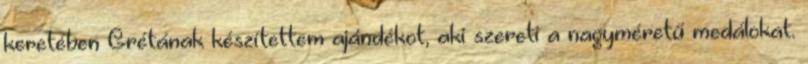
keretében Grétának készítettem ajándékot, aki szereti a nagyméretű medálokat.